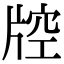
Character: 𤗇